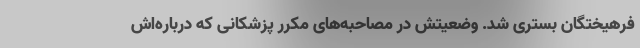
فرهیختگان بستری شد. وضعیتش در مصاحبه‌های مکرر پزشکانی که درباره‌اش